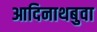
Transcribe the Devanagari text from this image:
आदिनाथबुवा